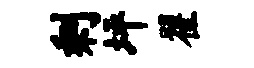
剩坪翟